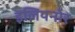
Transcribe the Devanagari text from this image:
इलियनोर